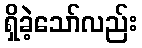
ရှိခဲ့သော်လည်း